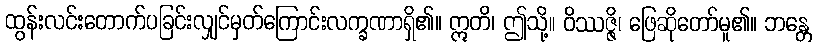
ထွန်းလင်းတောက်ပခြင်းလျှင်မှတ်ကြောင်းလက္ခဏာရှိ၏။ ဣတိ၊ ဤသို့။ ဝိဿဇ္ဇိ၊ ဖြေဆိုတော်မူ၏။ ဘန္တေ